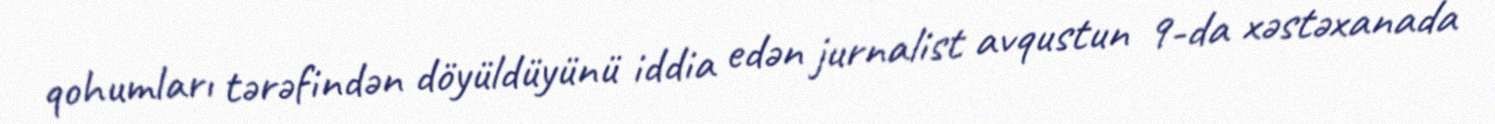
qohumları tərəfindən döyüldüyünü iddia edən jurnalist avqustun 9-da xəstəxanada